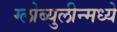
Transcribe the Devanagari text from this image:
ग्लोब्युलीन्मध्ये